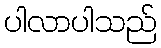
ပါလာပါသည်